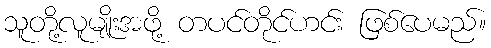
သူတို့လူမျိုးအဖို့ တပင်တိုင်ဟင်း ဖြစ်ပေမည်။